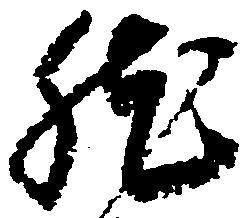
然